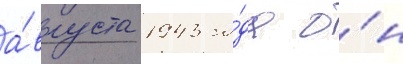
а́вгуста 1943 го́да о́н